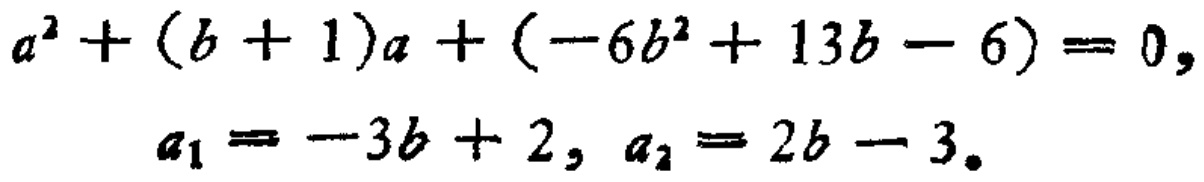
\[
\begin{align*}
a^{2}+(b + 1)a+(-6b^{2}+13b - 6)&=0,\\
a_{1}&=-3b + 2,\\
a_{2}&=2b - 3.
\end{align*}
\]